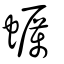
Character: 蠣